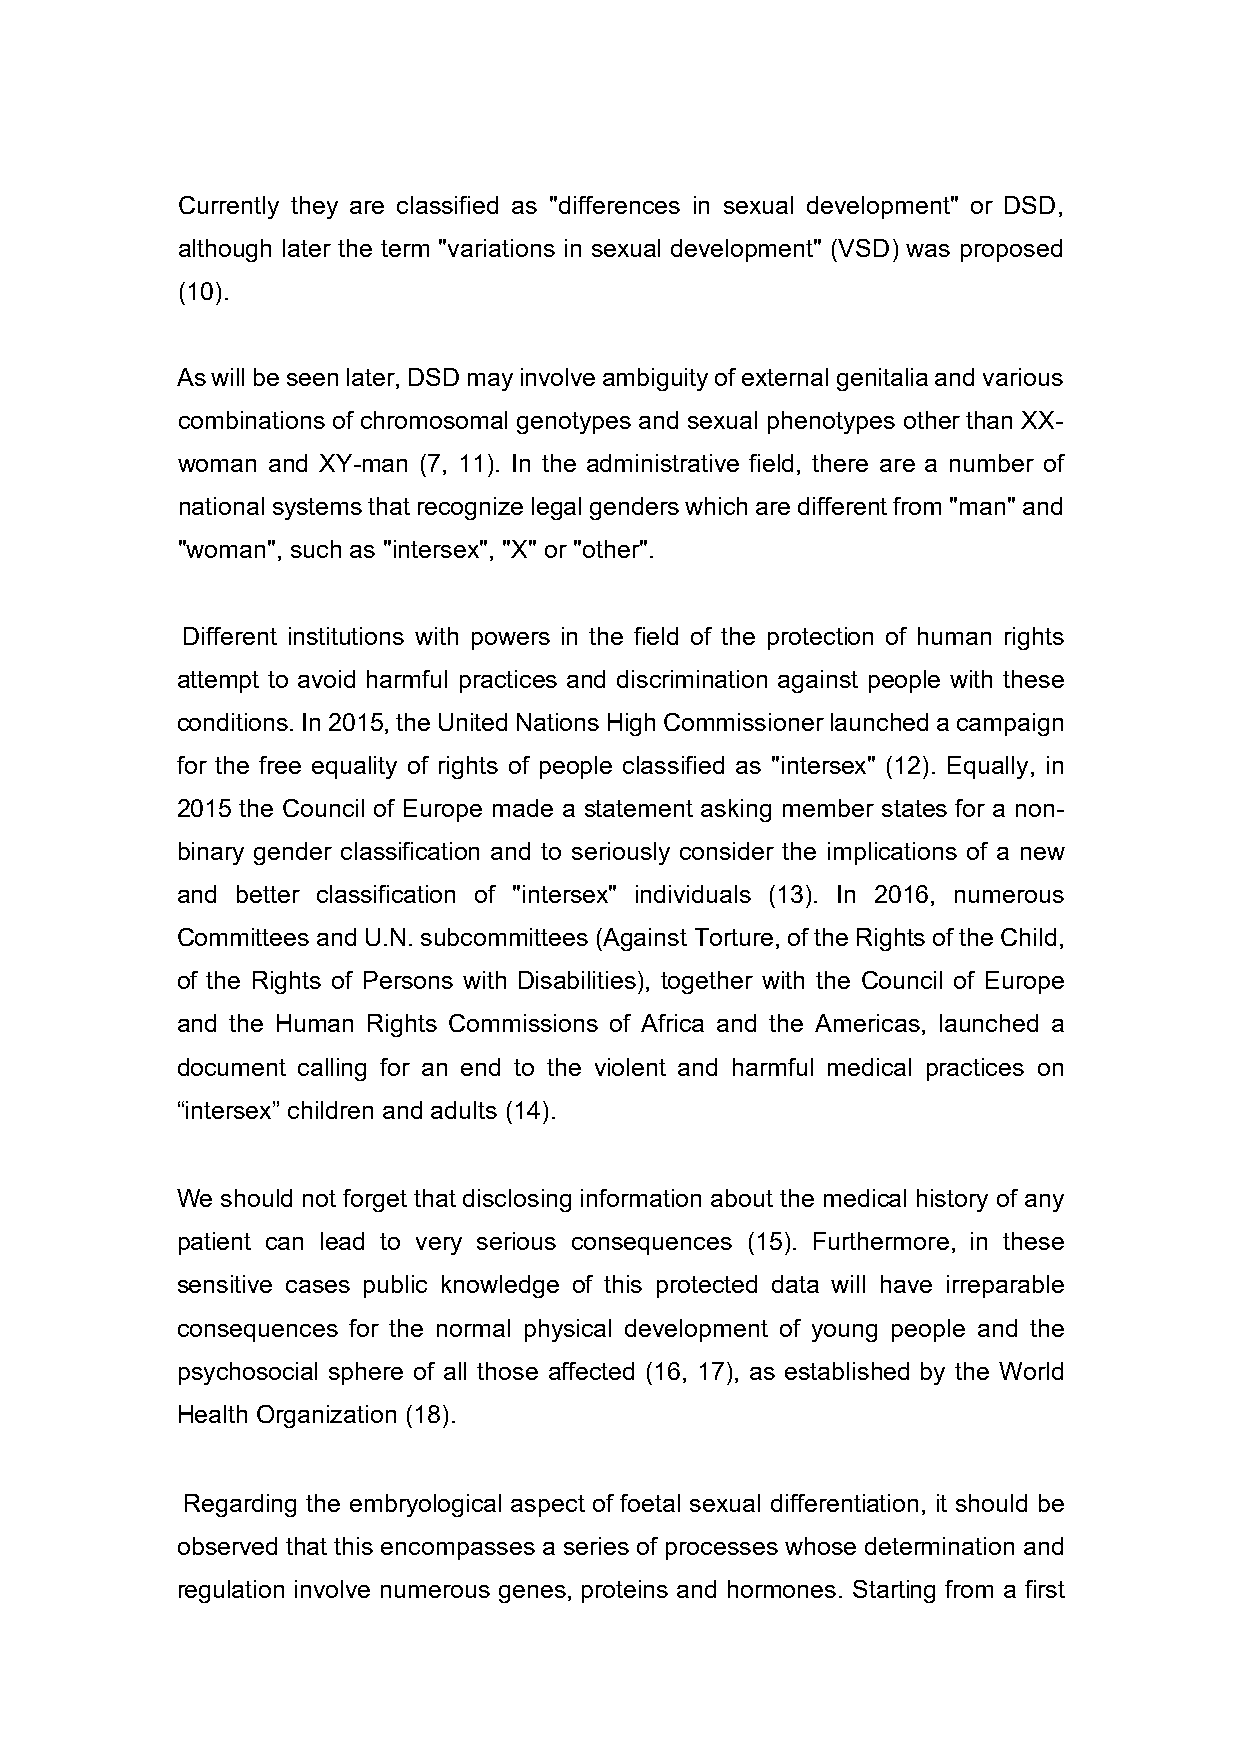
Currently they are classified as "differences in sexual development" or DSD,
 although later the term "variations in sexual development" (VSD) was proposed
 (10).
 As will be seen later, DSD may involve ambiguity of external genitalia and various
 combinations of chromosomal genotypes and sexual phenotypes other than XX-
 woman and XY-man (7, 11). In the administrative field, there are a number of
 national systems that recognize legal genders which are different from "man" and
 "woman", such as "intersex", "X" or "other".
 Different institutions with powers in the field of the protection of human rights
 attempt to avoid harmful practices and discrimination against people with these
 conditions. In 2015, the United Nations High Commissioner launched a campaign
 for the free equality of rights of people classified as "intersex" (12). Equally, in
 2015 the Council of Europe made a statement asking member states for a non-
 binary gender classification and to seriously consider the implications of a new
 and better classification of "intersex" individuals (13). In 2016, numerous
 Committees and U.N. subcommittees (Against Torture, of the Rights of the Child,
 of the Rights of Persons with Disabilities), together with the Council of Europe
 and the Human Rights Commissions of Africa and the Americas, launched a
 document calling for an end to the violent and harmful medical practices on
 “intersex” children and adults (14).
 We should not forget that disclosing information about the medical history of any
 patient can lead to very serious consequences (15). Furthermore, in these
 sensitive cases public knowledge of this protected data will have irreparable
 consequences for the normal physical development of young people and the
 psychosocial sphere of all those affected (16, 17), as established by the World
 Health Organization (18).
 Regarding the embryological aspect of foetal sexual differentiation, it should be
 observed that this encompasses a series of processes whose determination and
 regulation involve numerous genes, proteins and hormones. Starting from a first